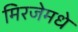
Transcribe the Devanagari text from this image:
मिरजेमधे